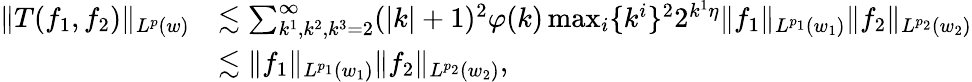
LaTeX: \begin{array}{rl}{\| T(f_{1},f_{2})\| _{L^{p}(w)}}&{\lesssim\sum_{k^{1},k^{2},k^{3}=2}^{\infty}(|k|+1)^{2}\varphi(k)\operatorname*{max}_{i}\{ k^{i}\} ^{2}2^{k^{1}\eta}\| f_{1}\| _{L^{p_{1}}(w_{1})}\| f_{2}\| _{L^{p_{2}}(w_{2})}}\\ &{\lesssim\| f_{1}\| _{L^{p_{1}}(w_{1})}\| f_{2}\| _{L^{p_{2}}(w_{2})},}\end{array}